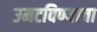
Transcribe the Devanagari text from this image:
उमटविण्याचा